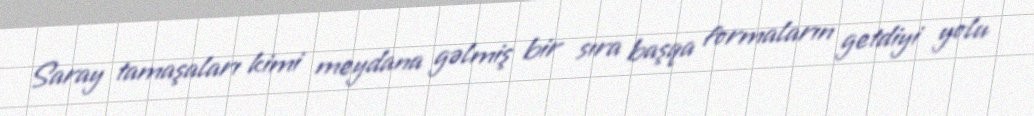
Saray tamaşaları kimi meydana gəlmiş bir sıra başqa formaların getdiyi yolu